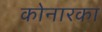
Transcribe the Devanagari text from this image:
कोनारका